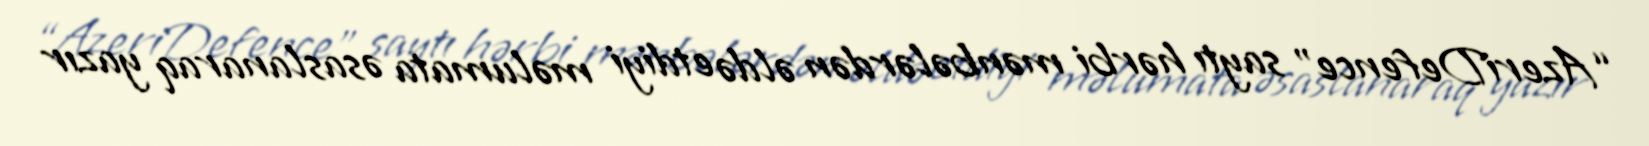
“AzeriDefence” saytı hərbi mənbələrdən əldə etdiyi məlumata əsaslanaraq yazır